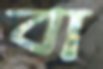
বা